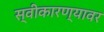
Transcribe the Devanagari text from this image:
स्वीकारण्यावर